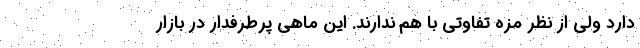
دارد ولی از نظر مزه تفاوتی با هم ندارند. این ماهی پرطرفدار در بازار